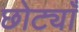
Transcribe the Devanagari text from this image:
छोट्याँ